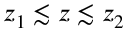
z _ { 1 } \lesssim z \lesssim z _ { 2 }